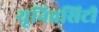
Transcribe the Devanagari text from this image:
यूनिव्रसिटी